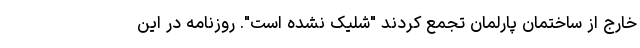
خارج از ساختمان پارلمان تجمع کردند "شلیک نشده است". روزنامه در این